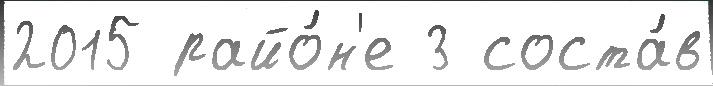
2015 райо́н'е 3 соста́в